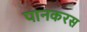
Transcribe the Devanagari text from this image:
पानकरस